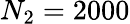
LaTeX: N_{2}=2000